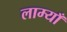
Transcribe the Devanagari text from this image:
लाम्याँ